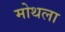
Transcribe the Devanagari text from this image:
मोथला